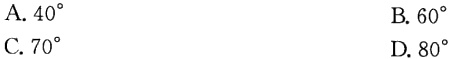
A. \(40^{\circ}\)
B. \(60^{\circ}\)
C. \(70^{\circ}\)
D. \(80^{\circ}\)